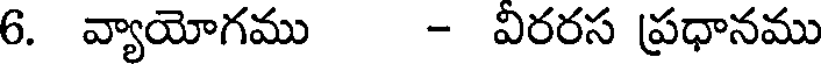
6. వ్యాయోగము - విరరస ప్రధానము